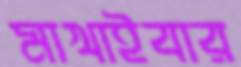
মাখাইবার